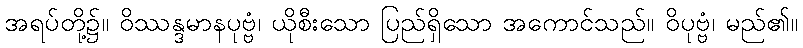
အရပ်တို့၌။ ဝိဿန္ဒမာနပုဗ္ဗံ၊ ယိုစီးသော ပြည်ရှိသော အကောင်သည်။ ဝိပုဗ္ဗံ၊ မည်၏။